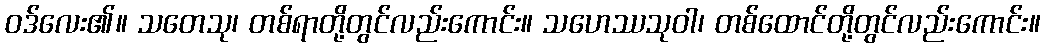
ဝဒ်လေး၏။ သတေသု၊ တစ်ရာတို့တွင်လည်းကောင်း။ သဟေဿသုဝါ၊ တစ်ထောင်တို့တွင်လည်းကောင်း။